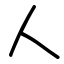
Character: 人